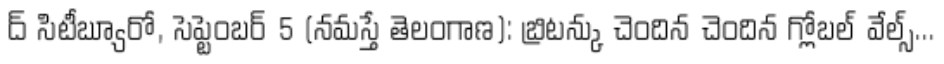
ద్ సిటీబ్యూరో, సెప్టెంబర్ 5 (నమస్తే తెలంగాణ): బ్రిటన్కు చెందిన చెందిన గ్లోబల్ వేల్స్...